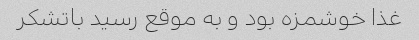
غذا خوشمزه بود و به موقع رسید باتشکر